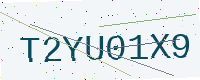
Text: T2YU01X9